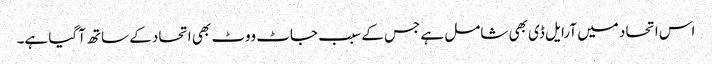
اس اتحاد میں آرایل ڈی بھی شامل ہے جس کے سبب جاٹ ووٹ بھی اتحاد کے ساتھ آگیا ہے۔